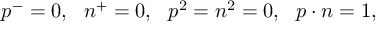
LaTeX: p ^ { - } = 0 , \ \ n ^ { + } = 0 , \ \ p ^ { 2 } = n ^ { 2 } = 0 , \ \ p \cdot n = 1 ,